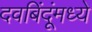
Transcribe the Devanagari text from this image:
दवबिंदूंमध्ये